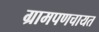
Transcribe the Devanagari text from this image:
ग्रामपणचायत